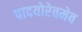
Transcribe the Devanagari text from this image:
पादयोरेवमेव